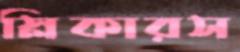
স্লিকারস